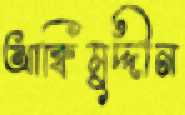
আক্বিমুদ্দীন